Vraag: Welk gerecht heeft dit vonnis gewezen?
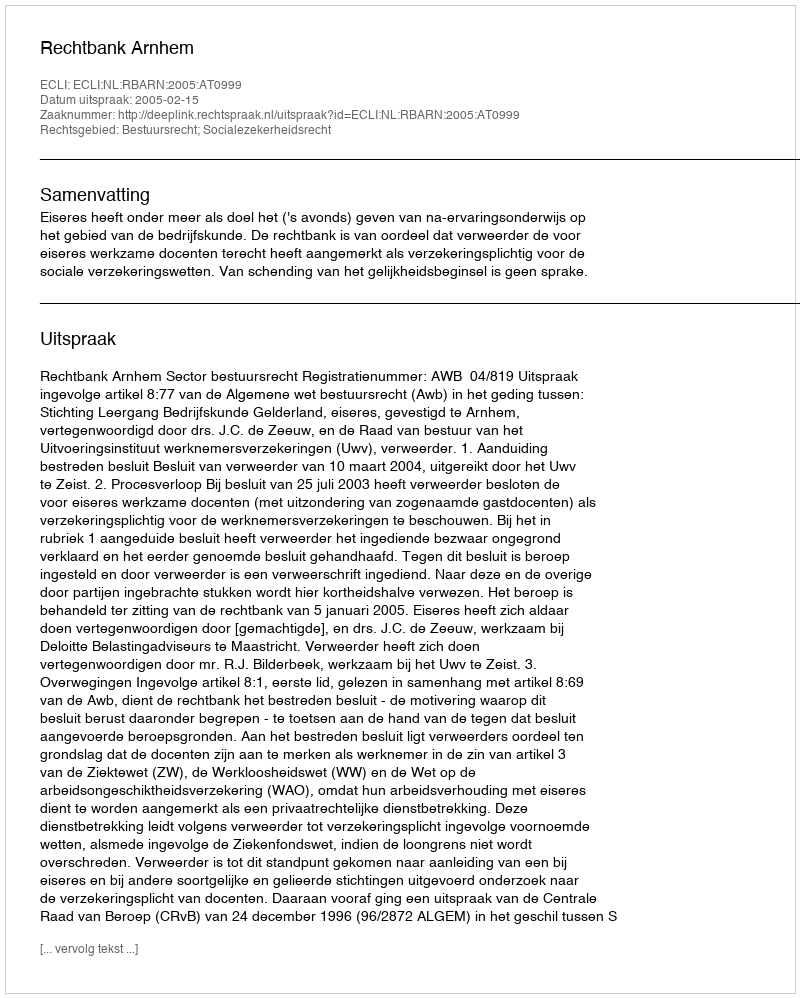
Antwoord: Rechtbank Arnhem